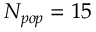
N _ { p o p } = 1 5